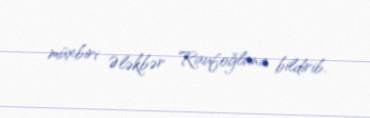
müxbiri Ələkbər Raufoğluna bildirib.